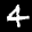
Label: 4